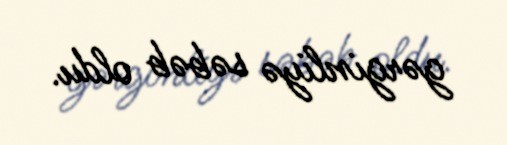
gərginliyə səbəb oldu.